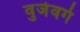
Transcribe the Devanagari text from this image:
वुर्जवर्गे